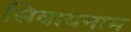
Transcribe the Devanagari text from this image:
सिवायनाम